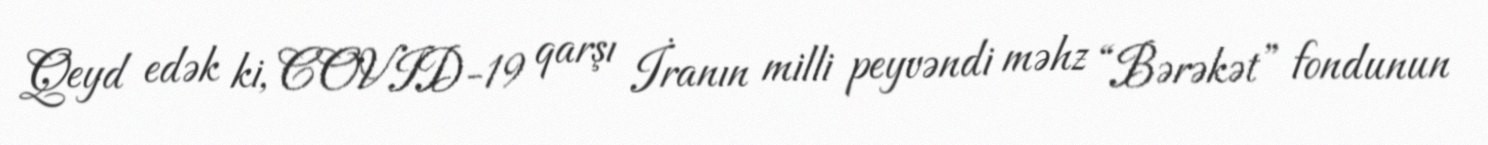
Qeyd edək ki, COVID-19 qarşı İranın milli peyvəndi məhz “Bərəkət” fondunun